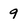
Character: 9